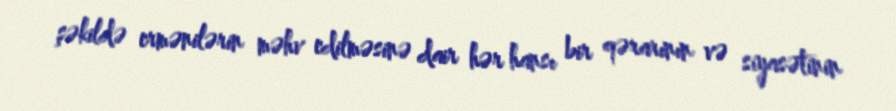
şəkildə ermənilərin məhv edilməsinə dair hər hansı bir qərarının və siyasətinin